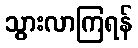
သွားလာကြရန်